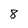
Character: 8